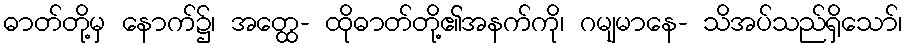
ဓာတ်တို့မှ နောက်၌၊ အတ္ထေ- ထိုဓာတ်တို့၏အနက်ကို၊ ဂမျမာနေ- သိအပ်သည်ရှိသော်၊